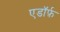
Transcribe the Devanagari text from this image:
एडॉर्फ़